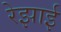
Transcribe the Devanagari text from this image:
रेझाई